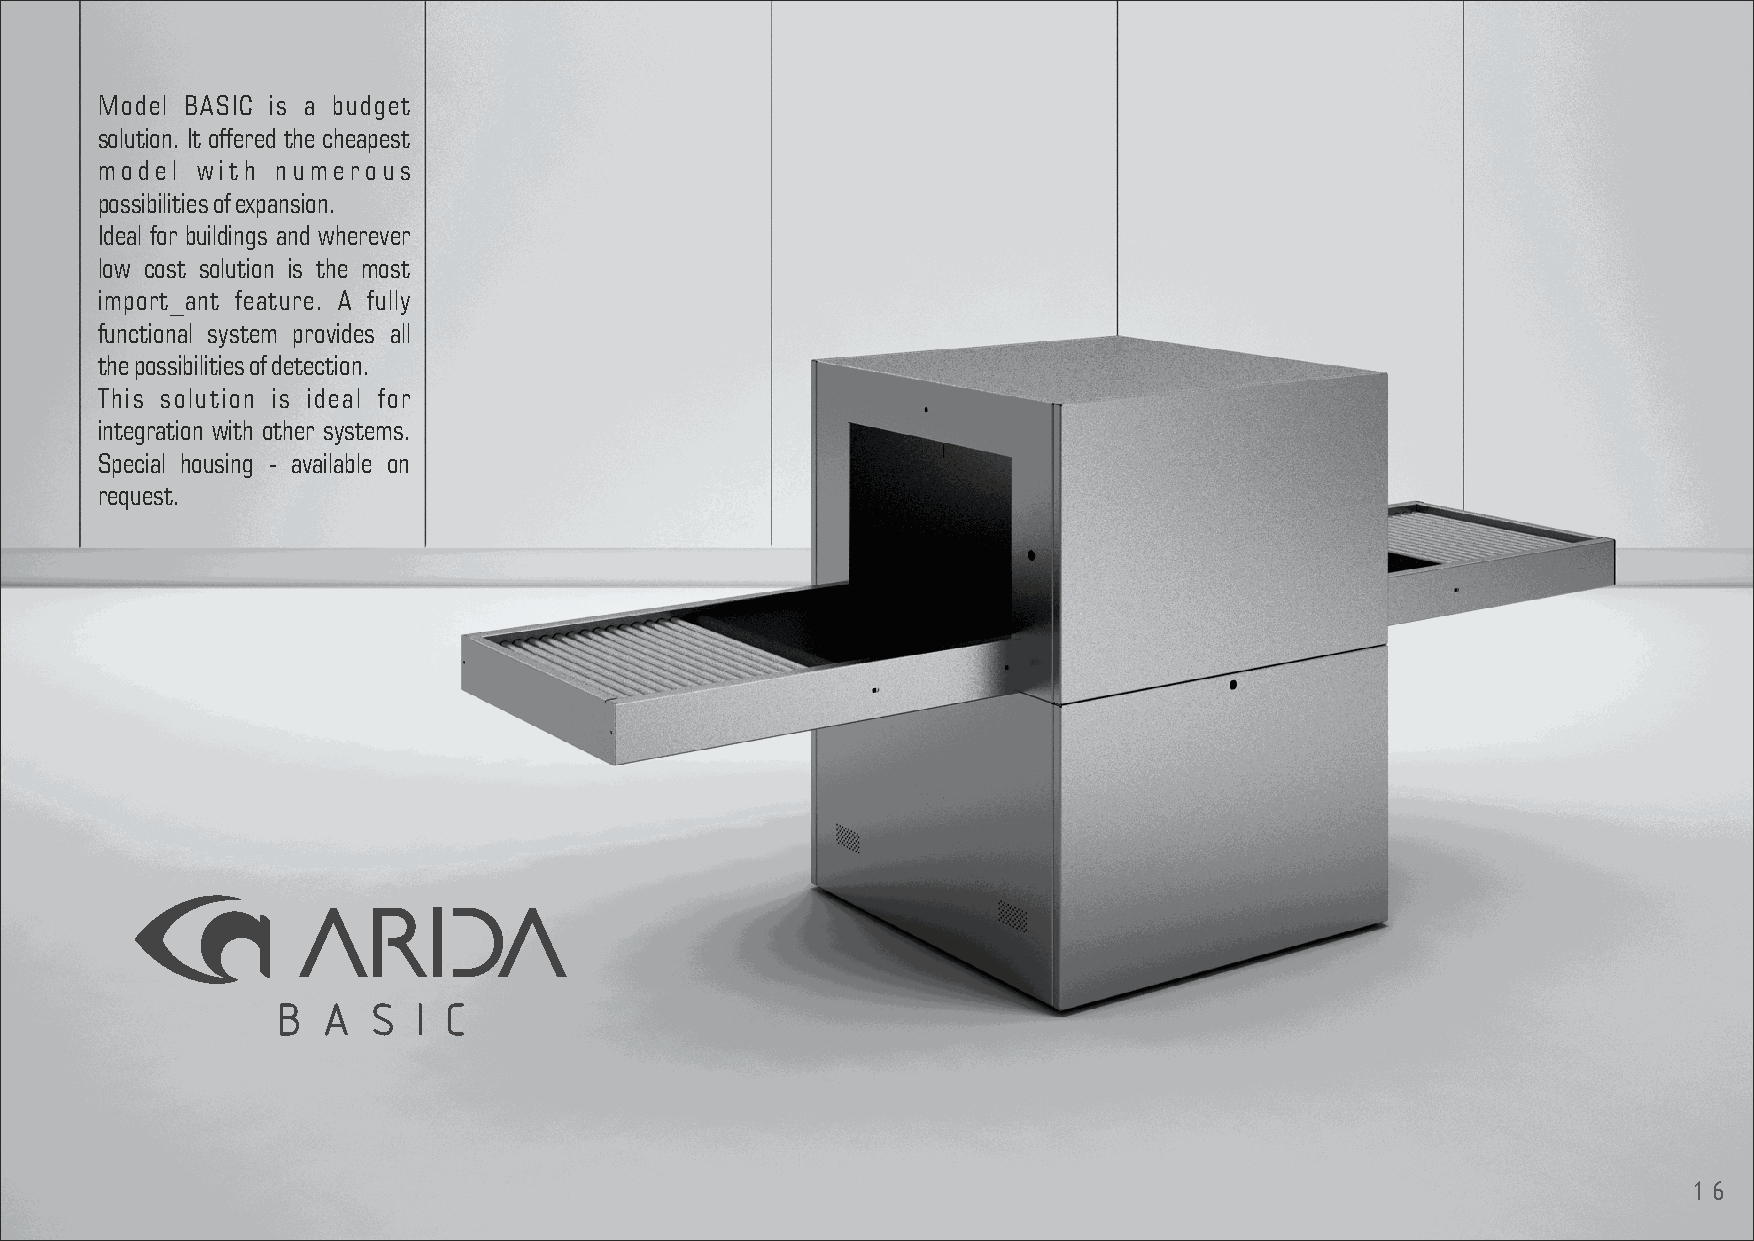
Model BASIC is a budget
 solution. It offered the cheapest
 model  with numerous
 possibilities of expansion.
 Ideal for buildings and wherever
 low cost solution is the most
 import_ant feature. A fully
 functional system provides all
 the possibilities of detection.
 This solution is ideal for
 integration with other systems.
 Special housing - available on
 request.
 B  A   S I C
 16